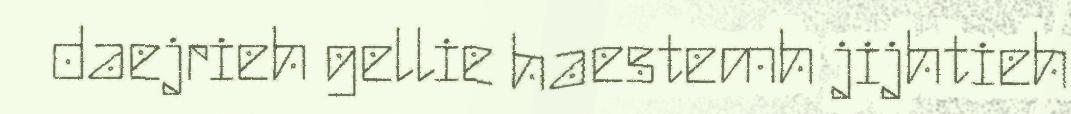
daejrieh gellie haestemh jijhtieh